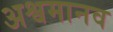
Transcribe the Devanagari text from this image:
अश्वमानव